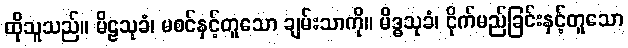
ထိုသူသည်။ မိဠသုခံ၊ မစင်နှင့်တူသော ချမ်းသာကို။ မိဒ္ဓသုခံ၊ ငိုက်မည်ခြင်းနှင့်တူသော